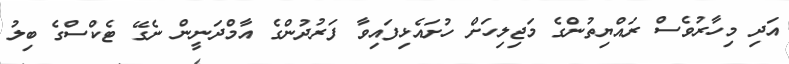
އަދި މިހާރުވެސް ރައްޔިތުންގެ މަޖިލިހަށް ހުށައެޅިފައިވާ ފަރުދުންގެ އާމްދަނީން ނެގޭ ޓެކްސްގެ ބިލު